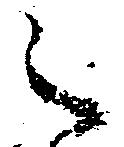
之